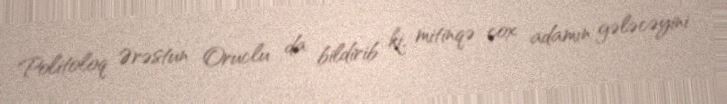
Politoloq Ərəstun Oruclu da bildirib ki, mitinqə çox adamın gələcəyini